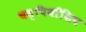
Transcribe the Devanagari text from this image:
चम्पियाँशिप